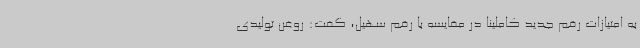
به امتیازات رقم جدید کاملینا در مقایسه با رقم سهیل، گفت: روغن تولیدی